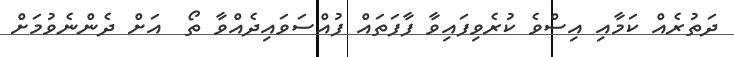
ދަތުރެއް ކަމާއި އިސްވެ ކުރެވިފައިވާ ފާފަތައް ފުއްސަވައިދެއްވާ ތޯ  އަށް ދެންނެވުމަށް